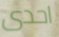
احدى